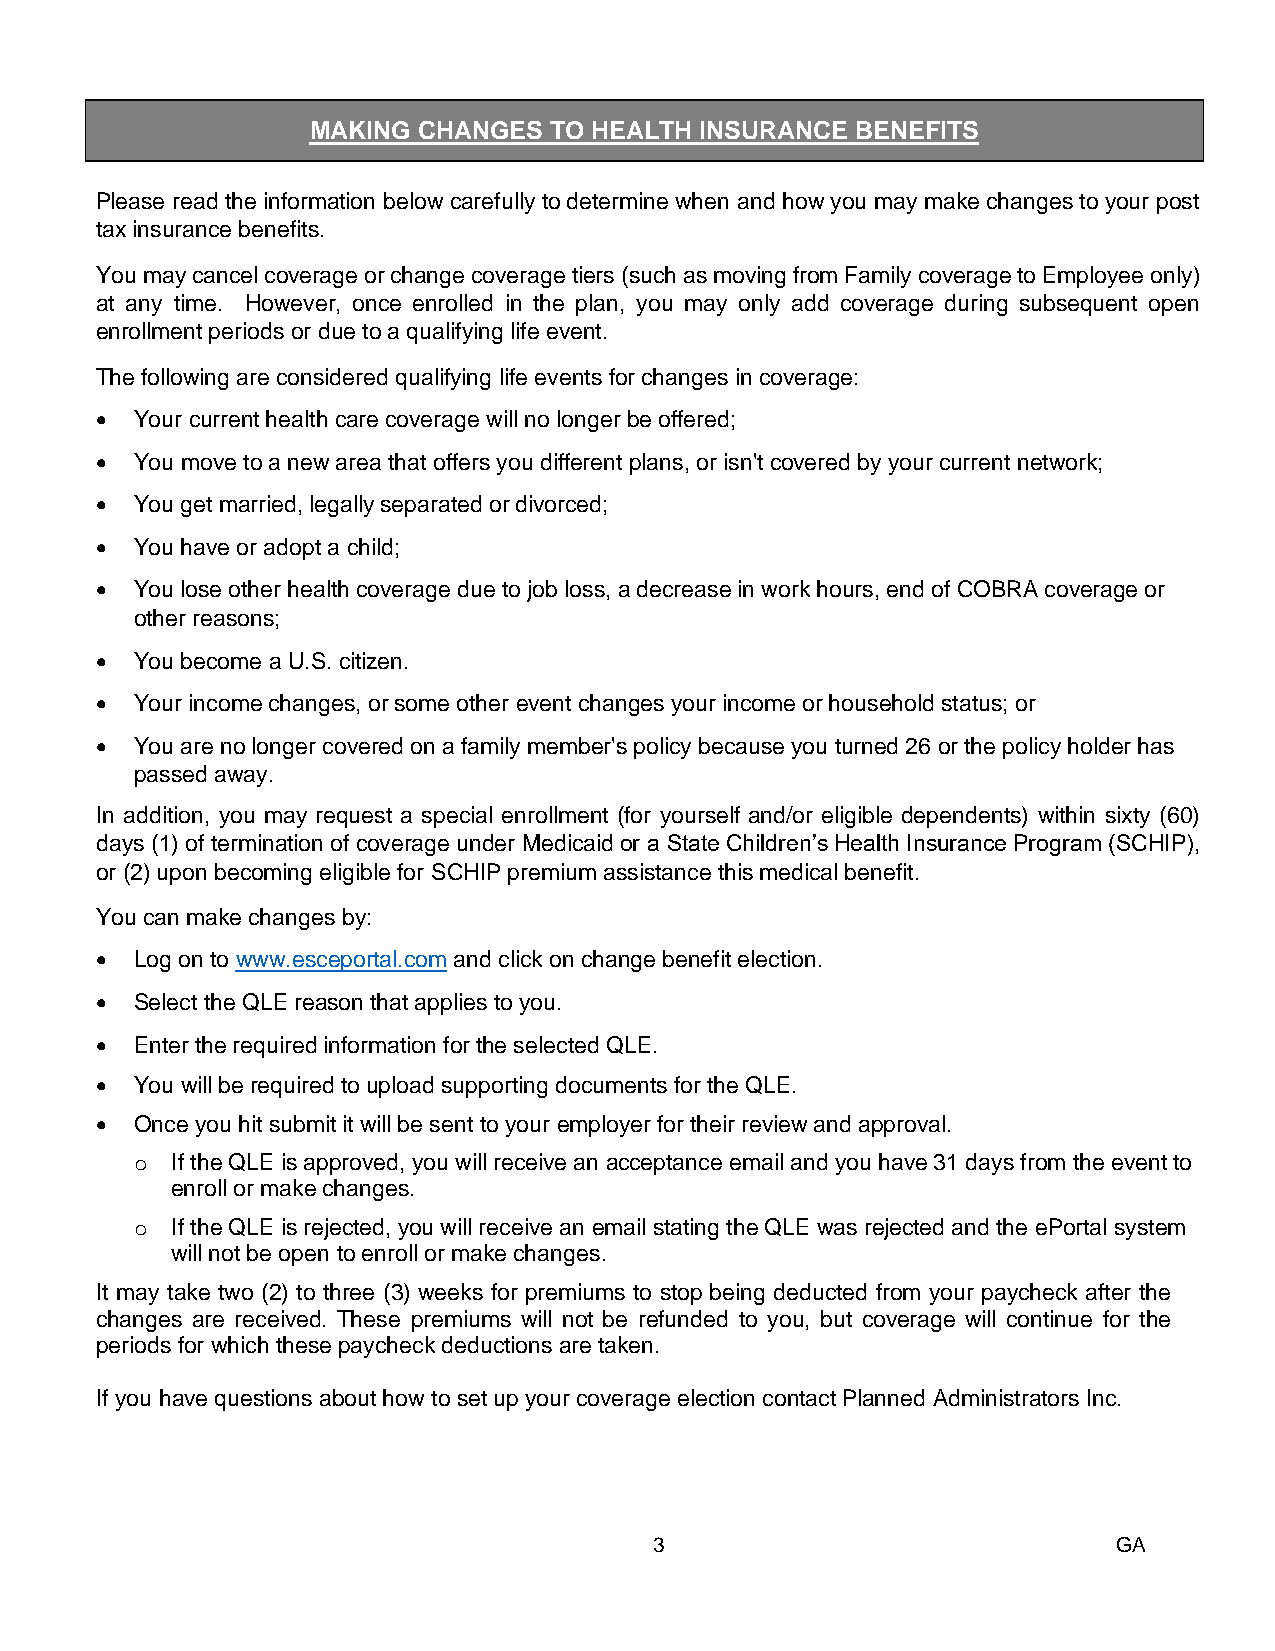
MAKING  CHANGES TO HEALTH INSURANCE  BENEFITS
 3B
 Please read the information below carefully to determine when and how you may make changes to your post
 tax insurance benefits.
 You may cancel coverage or change coverage tiers (such as moving from Family coverage to Employee only)
 at any time. However, once enrolled in the plan, you may only add coverage during subsequent open
 enrollment periods or due to a qualifying life event.
 The following are considered qualifying life events for changes in coverage:
 •  Your current health care coverage will no longer be offered;
 •  You move to a new area that offers you different plans, or isn't covered by your current network;
 •  You get married, legally separated or divorced;
 •  You have or adopt a child;
 •  You lose other health coverage due to job loss, a decrease in work hours, end of COBRA coverage or
 other reasons;
 •  You become a U.S. citizen.
 •  Your income changes, or some other event changes your income or household status; or
 •  You are no longer covered on a family member's policy because you turned 26 or the policy holder has
 passed away.
 In addition, you may request a special enrollment (for yourself and/or eligible dependents) within sixty (60)
 days (1) of termination of coverage under Medicaid or a State Children’s Health Insurance Program (SCHIP),
 or (2) upon becoming eligible for SCHIP premium assistance this medical benefit.
 You can make changes by:
 •  Log on to www.esceportal.com and click on change benefit election.
 •  Select the QLE reason that applies to you.
 •  Enter the required information for the selected QLE.
 •  You will be required to upload supporting documents for the QLE.
 •  Once you hit submit it will be sent to your employer for their review and approval.
 o If the QLE is approved, you will receive an acceptance email and you have 31 days from the event to
 enroll or make changes.
 o If the QLE is rejected, you will receive an email stating the QLE was rejected and the ePortal system
 will not be open to enroll or make changes.
 It may take two (2) to three (3) weeks for premiums to stop being deducted from your paycheck after the
 changes are received. These premiums will not be refunded to you, but coverage will continue for the
 periods for which these paycheck deductions are taken.
 If you have questions about how to set up your coverage election contact Planned Administrators Inc.
 3                              GA